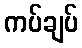
ကပ်ချပ်